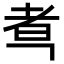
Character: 䎞